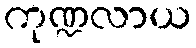
ကုဏ္ဍလာယ